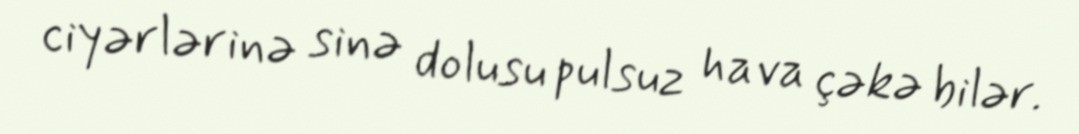
ciyərlərinə sinə dolusu pulsuz hava çəkə bilər.